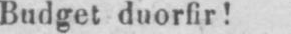
Budget duorfir!